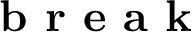
\textbf { b r e a k }